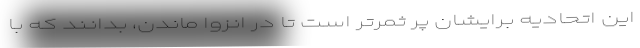
این اتحادیه برایشان پر ثمرتر است تا در انزوا ماندن، بدانند که با